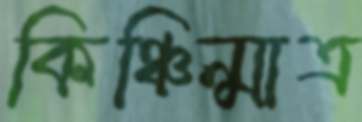
কিঞ্চিন্মাত্র